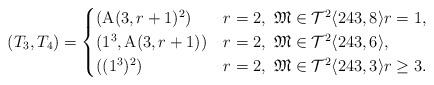
LaTeX: \begin{align*}(T_3,T_4)=\begin{cases}(\mathrm{A}(3,r+1)^2) & r=2,\ \mathfrak{M}\in\mathcal{T}^2\langle 243,8\rangle r=1,\\(1^3,\mathrm{A}(3,r+1)) & r=2,\ \mathfrak{M}\in\mathcal{T}^2\langle 243,6\rangle,\\((1^3)^2) & r=2,\ \mathfrak{M}\in\mathcal{T}^2\langle 243,3\rangle r\ge 3.\end{cases}\end{align*}